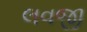
લવજી